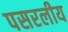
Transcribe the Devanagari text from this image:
पसरलीय